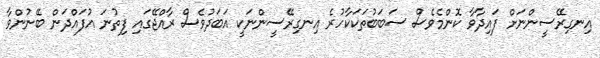
އިނގިރޭސީންނަށް ފައިދާވާ ކޮންމެވެސް ސަބަބުތަކަކާހުރެ އިނގިރޭސީންނަކީ އަބަދުވެސް ރާއްޖޭގައި ފިތުނަ އުފައްދަން ބޭނުންވާ